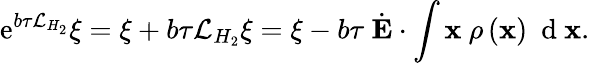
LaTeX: \mathrm{e}^{b\tau\mathcal{L}_{H_{2}}}\xi=\xi+b\tau\mathcal{L}_{H_{2}}\xi=\xi-b\tau\ \dot{\mathbf E}\cdot\int{{\mathbf x}\ \rho\left({\mathbf x}\right)\ \mathrm{~d~}{\mathbf x}}.